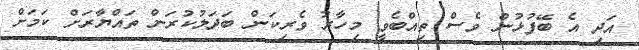
އަދި އެ ބޭފުޅުން ވެސް ތިއްބެވީ މިހާރު ވެރިކަން ބަދަލުކުރަން ތައްޔާރަށް ކަމަށް